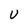
Character: U